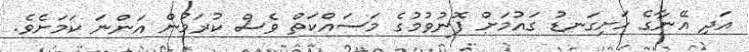
އަދި އޭނާގެ ހަށިގަނޑު ގައުމަށް ފޮނުވުމުގެ މަސައްކަތް ވެސް ކުރަމުން އަންނަ ކަމަށެވެ.